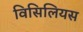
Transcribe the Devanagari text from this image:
विसिलियस